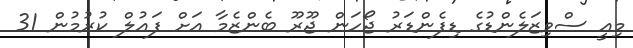
މިއީ ސްވިޒަލެންޑުގެ ޑިފެންޑަރު ޖޯހަން ޖޫރޫ ބެންޒެމާ އަށް ފައުލް ކުރުމުން 31